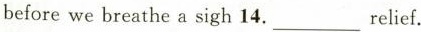
before we breathe a sigh 14.___ relief.